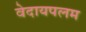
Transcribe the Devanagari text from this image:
वेदायपलम